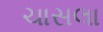
ચાસલા